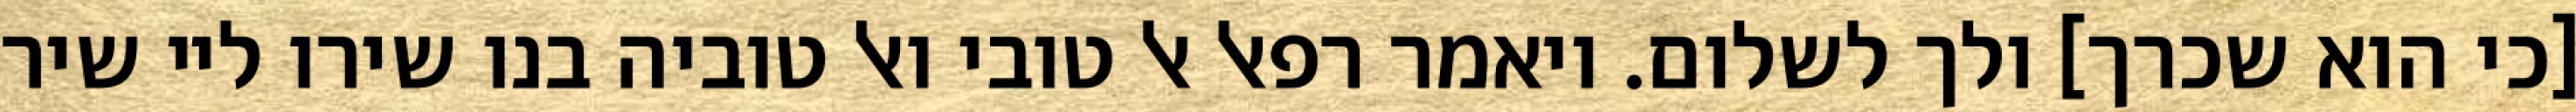
[כי הוא שכרך] ולך לשלום. ויאמר רפאל אל טובי ואל טוביה בנו שירו ליי שיר